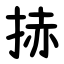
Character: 捇